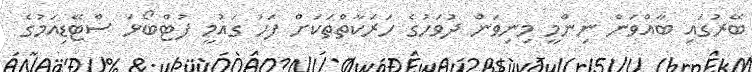
ބޭރުގައި ބާއްވަން ނިންމީ މިނިވަން ދުވަހުގެ ހަރަކާތްތަކަށް ފަހު ގައުމީ ފުޓްބޯޅަ ސްޓޭޑިއަމުގެ